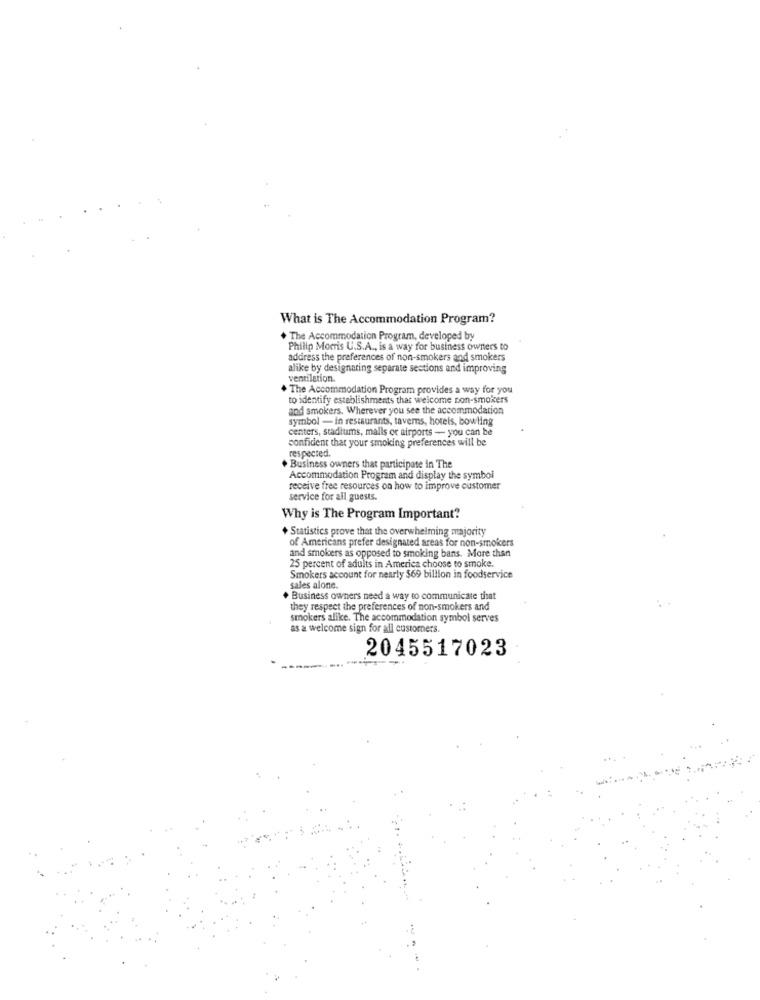
What is The Accommodation Program?
+ The Accommodation Program, developed by
Philip Morris U.S.A ., is a way for business owners to
address the preferences of non-smokers and smokers
alike by designaring separate sections and improving
ventilation.
.The Accommodation Program provides a way for you
to identify establishments that welcome non-smokers
and smokers. Wherever you see the accommodation
symbol - in restaurants, taverns, hotels, bowling
centers, stadiums, malls or airports - you can be
confident that your smoking preferences will be
respected.
Business owners that participate in The
Accommodation Program and display the symbol
receive free resources on how to improve customer
service for all guests.
Why is The Program Important?
+ Statistics prove that the overwhelming majority
of Americans prefer designated areas for non-smokers
and smokers as opposed to smoking bans. More than
25 percent of adults in America choose to smoke.
Smokers account for nearly $69 billion in foodservice
sales alone.
Business owners need a way to communicate that
they respect the preferences of non-smokers and
smokers alike. The accommodation symbol serves
as a welcome sign for all customers.
2045517023